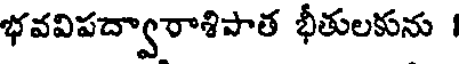
భవవిపద్వారాశిపాత భీతులకును